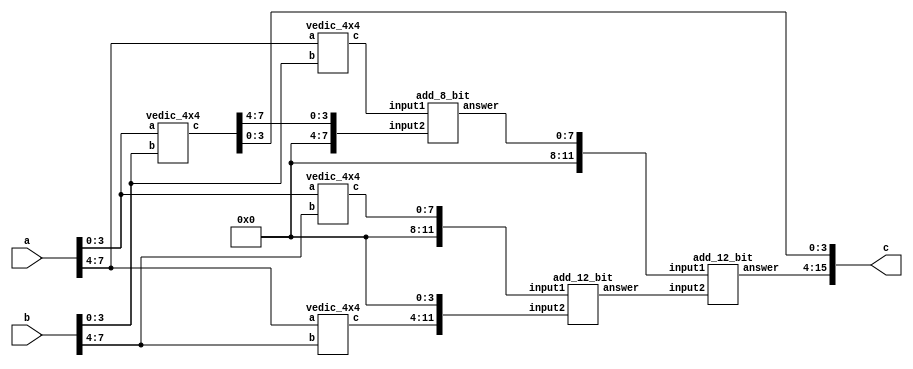
module Vedic_8x8_Multiplier (a,b,c);
   
input [7:0]a;
input [7:0]b;
output [15:0]c;

wire [15:0]q0;	
wire [7:0]q1;	
wire [7:0]q2;
wire [7:0]q3;	
wire [7:0]temp1;
wire [11:0]temp2;
wire [11:0]temp3;
wire [11:0]temp4;
wire [7:0]q4;
wire [11:0]q5;
wire [11:0]q6;
// using 4 4x4 multipliers
vedic_4x4 z1(a[3:0],b[3:0],q0[7:0]);
vedic_4x4 z2(a[7:4],b[3:0],q1[7:0]);
vedic_4x4 z3(a[3:0],b[7:4],q2[7:0]);
vedic_4x4 z4(a[7:4],b[7:4],q3[7:0]);

// stage 1 adders 
assign temp1 ={4'b0,q0[7:4]};
add_8_bit z5(q1[7:0],temp1,q4);
assign temp2 ={4'b0,q2[7:0]};
assign temp3 ={q3[7:0],4'b0};
add_12_bit z6(temp2,temp3,q5);
assign temp4={4'b0,q4[7:0]};
// stage 2 adder
add_12_bit z7(temp4,q5,q6);
// fnal output assignment 
assign c[3:0]=q0[3:0];
assign c[15:4]=q6[11:0];



endmodule

module vedic_4x4(a,b,c);
input [3:0]a;
input [3:0]b;
output [7:0]c;

wire [3:0]q0;	
wire [3:0]q1;	
wire [3:0]q2;
wire [3:0]q3;	
wire [7:0]c;
wire [3:0]temp1;
wire [5:0]temp2;
wire [5:0]temp3;
wire [5:0]temp4;
wire [3:0]q4;
wire [5:0]q5;
wire [5:0]q6;
// using 4 2x2 multipliers
vedic_2x2 z1(a[1:0],b[1:0],q0[3:0]);
vedic_2x2 z2(a[3:2],b[1:0],q1[3:0]);
vedic_2x2 z3(a[1:0],b[3:2],q2[3:0]);
vedic_2x2 z4(a[3:2],b[3:2],q3[3:0]);
// stage 1 adders 
assign temp1 ={2'b0,q0[3:2]};
add_4_bit z5(q1[3:0],temp1,q4);
assign temp2 ={2'b0,q2[3:0]};
assign temp3 ={q3[3:0],2'b0};
add_6_bit z6(temp2,temp3,q5);
assign temp4={2'b0,q4[3:0]};
// stage 2 adder 
add_6_bit z7(temp4,q5,q6);
// fnal output assignment 
assign c[1:0]=q0[1:0];
assign c[7:2]=q6[5:0];



endmodule

module vedic_2x2(a,b,c);
    input [1:0]a;
    input [1:0]b;
    output [3:0]c;
    wire [3:0]c;
    wire [3:0]temp;

assign c[0]=a[0]&b[0]; 
assign temp[0]=a[1]&b[0];
assign temp[1]=a[0]&b[1];
assign temp[2]=a[1]&b[1];

ha z1(temp[0],temp[1],c[1],temp[3]);
ha z2(temp[2],temp[3],c[2],c[3]);
endmodule




module add_12_bit(input1,input2,answer);
parameter N=12;
input [N-1:0] input1,input2;
   output [N-1:0] answer;
   wire  carry_out;
  wire [N-1:0] carry;
   genvar i;
   generate 
   for(i=0;i<N;i=i+1)
     begin: generate_N_bit_Adder
   if(i==0) 
  half_adder f(input1[0],input2[0],answer[0],carry[0]);
   else
  full_adder f(input1[i],input2[i],carry[i-1],answer[i],carry[i]);
     end
  assign carry_out = carry[N-1];
   endgenerate
endmodule 


module add_8_bit(input1,input2,answer);
parameter N=8;
input [N-1:0] input1,input2;
   output [N-1:0] answer;
   wire  carry_out;
  wire [N-1:0] carry;
   genvar i;
   generate 
   for(i=0;i<N;i=i+1)
     begin: generate_N_bit_Adder
   if(i==0) 
  half_adder f(input1[0],input2[0],answer[0],carry[0]);
   else
  full_adder f(input1[i],input2[i],carry[i-1],answer[i],carry[i]);
     end
  assign carry_out = carry[N-1];
   endgenerate

endmodule


module add_6_bit(input1,input2,answer);
parameter N=6;
input [N-1:0] input1,input2;
   output [N-1:0] answer;
   wire  carry_out;
  wire [N-1:0] carry;
   genvar i;
   generate 
   for(i=0;i<N;i=i+1)
     begin: generate_N_bit_Adder
   if(i==0) 
  half_adder f(input1[0],input2[0],answer[0],carry[0]);
   else
  full_adder f(input1[i],input2[i],carry[i-1],answer[i],carry[i]);
     end
  assign carry_out = carry[N-1];
   endgenerate
endmodule 


//////////////////////////////////////////////////////////////////////////////////////////////////////////////
module add_4_bit(input1,input2,answer);
parameter N=4;
input [N-1:0] input1,input2;
   output [N-1:0] answer;
   wire  carry_out;
  wire [N-1:0] carry;
   genvar i;
   generate 
   for(i=0;i<N;i=i+1)
     begin: generate_N_bit_Adder
   if(i==0) 
  half_adder f(input1[0],input2[0],answer[0],carry[0]);
   else
  full_adder f(input1[i],input2[i],carry[i-1],answer[i],carry[i]);
     end
  assign carry_out = carry[N-1];
   endgenerate
endmodule 

module full_adder(x,y,c_in,s,c_out);
   input x,y,c_in;
   output s,c_out;
 assign s = (x^y) ^ c_in;
 assign c_out = (y&c_in)| (x&y) | (x&c_in);
endmodule // full_adder

module half_adder(x,y,s,c);
   input x,y;
   output s,c;
   assign s=x^y;
   assign c=x&y;
endmodule

module ha(a, b, sum, carry);
    input a;
    input b;
    output sum;
    output carry;
    
    assign carry=a&b;
    assign sum=a^b;
    
endmodule